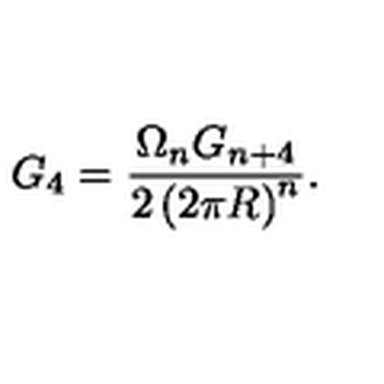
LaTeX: G _ { 4 } = \frac { \Omega _ { n } G _ { n + 4 } } { 2 \left( 2 \pi R \right) ^ { n } } .